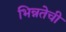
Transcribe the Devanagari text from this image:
भिन्नतेची